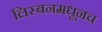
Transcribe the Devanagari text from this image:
लिस्बनमधूनच